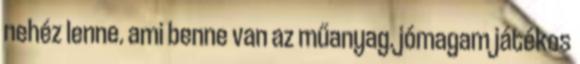
nehéz lenne. ami benne van az műanyag. jómagam játékos